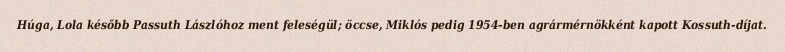
Húga, Lola később Passuth Lászlóhoz ment feleségül; öccse, Miklós pedig 1954-ben agrármérnökként kapott Kossuth-díjat.